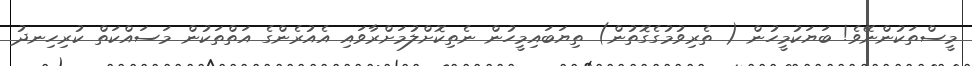
މީސްތަކުންނޭވެ! ބަޔަކުމީހުން ( ތެރިވުމުގެގޮތުން) ތިޔަބައިމީހުން ނެތިކޮށްލުމަށްރާވައި އެއުރެންގެ އަތްތަކުން މަސައްކަތް ކުރިހިނދު